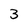
Character: 3